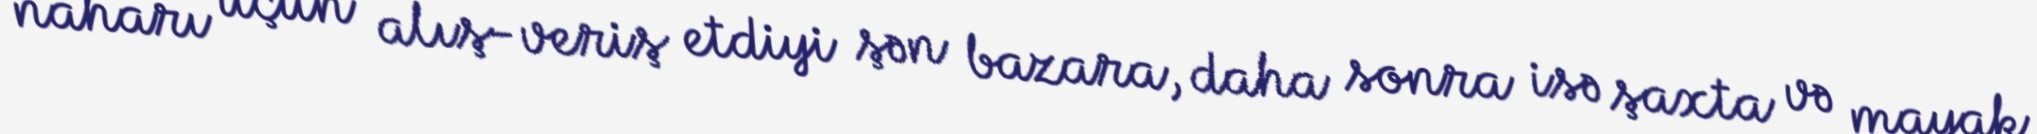
naharı üçün alış-veriş etdiyi şən bazara, daha sonra isə şaxta və mayak